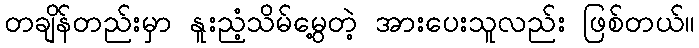
တချိန်တည်းမှာ နူးညံ့သိမ်မွေ့တဲ့ အားပေးသူလည်း ဖြစ်တယ်။